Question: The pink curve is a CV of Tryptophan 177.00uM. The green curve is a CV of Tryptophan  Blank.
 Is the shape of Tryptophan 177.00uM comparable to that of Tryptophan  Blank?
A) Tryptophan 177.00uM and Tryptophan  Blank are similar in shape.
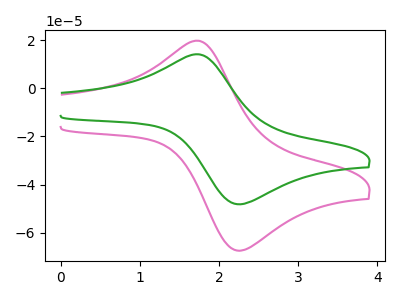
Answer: <think>The pink curve "Tryptophan 177.00uM" has an anodic peak at (1.75V, 19.70uA) and a cathodic peak at (2.20V, -67.15uA). The green curve "Tryptophan  Blank" has an anodic peak at (1.75V, 14.10uA) and a cathodic peak at (2.20V, -48.00uA).
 All the peaks in "Tryptophan 177.00uM" have a peak in "Tryptophan  Blank" at the same potential. Every peak in "Tryptophan 177.00uM" is higher than every peak in "Tryptophan  Blank".</think>
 <answer>A) "Tryptophan 177.00uM" and "Tryptophan  Blank" are similar in shape.</answer>
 <eval>A</eval>